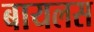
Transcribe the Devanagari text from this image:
बायलस